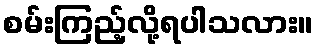
စမ်းကြည့်လို့ရပါသလား။